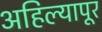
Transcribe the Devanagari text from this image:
अहिल्यापूर